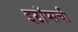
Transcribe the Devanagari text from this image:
इटॉप्सची